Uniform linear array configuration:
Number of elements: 48
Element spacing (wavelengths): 0.75
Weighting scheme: binomial
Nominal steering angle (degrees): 15
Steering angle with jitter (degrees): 14.882
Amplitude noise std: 0.05
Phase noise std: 0.05

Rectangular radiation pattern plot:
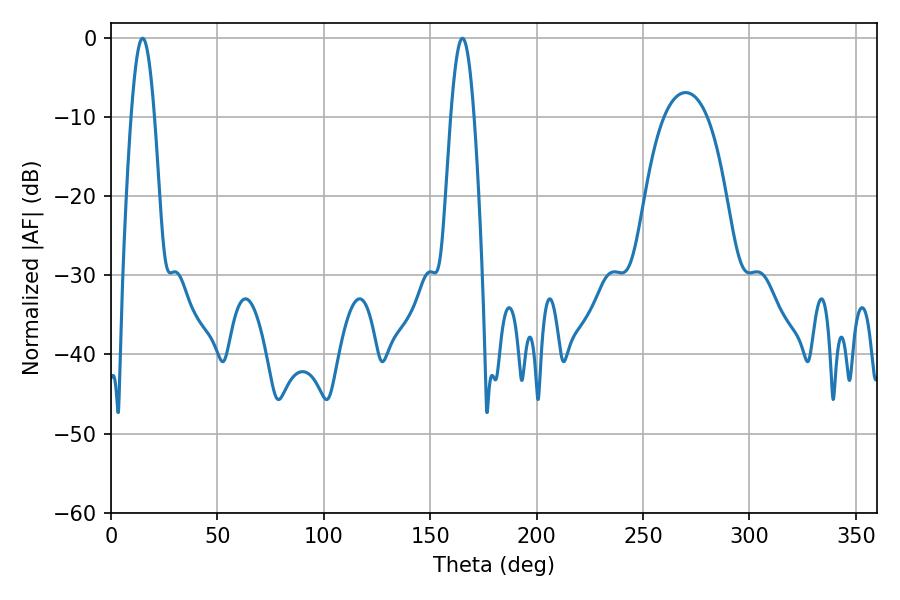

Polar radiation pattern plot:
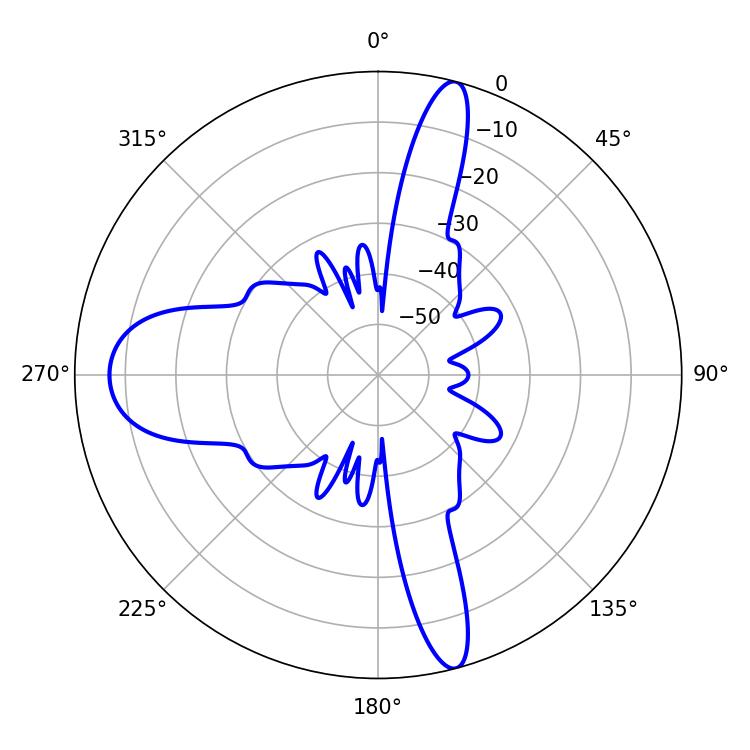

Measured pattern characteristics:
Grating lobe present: TRUE
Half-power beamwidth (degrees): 5.94
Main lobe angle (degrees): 14.94